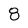
Character: 8